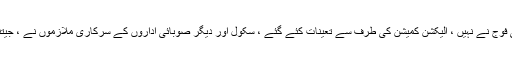
جبکہ جیتنے والوں کی فوج نے نہیں ، الیکشن کمیشن کی طرف سے تعینات کئے گئے ، سکول اور دیگر صوبائی اداروں کے سرکاری ملازموں نے ، جیتنے والوں کی مدد کی ۔